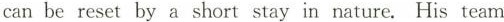
can be reset by a short stay in nature. His team